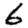
Digit: 6